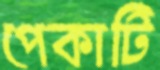
পেকাটি